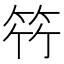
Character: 𮅋